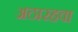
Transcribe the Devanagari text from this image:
अठारहवा